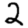
Digit: 2